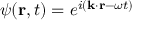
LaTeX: \psi ( \mathbf { r } , t ) = e ^ { i ( \mathbf { k } \cdot \mathbf { r } - \omega t ) }